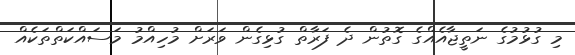
މި ގުޅުމުގެ ނަތީޖާއެއްގެ ގޮތުން ދެ ފަރާތް ގުޅިގެން ވަރަށް މުހިއްމު މަސައްކަތްތަކެއް